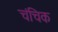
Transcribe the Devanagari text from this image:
चंचिक